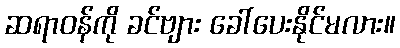
ဆရာဝန်ကို ခင်ဗျား ခေါ်ပေးနိုင်မလား။